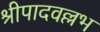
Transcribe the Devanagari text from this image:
श्रीपादवल्लभ